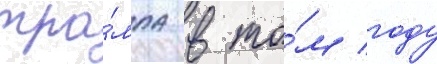
тра́мпа в то́м году